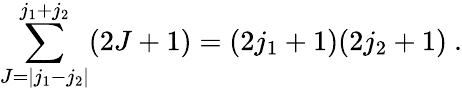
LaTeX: \sum_{J=|j_{1}-j_{2}|}^{j_{1}+j_{2}}(2J+1)=(2j_{1}+1)(2j_{2}+1)~.